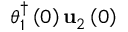
\boldsymbol { \theta } _ { 1 } ^ { \dagger } \left( 0 \right) \mathbf { u } _ { 2 } \left( 0 \right)